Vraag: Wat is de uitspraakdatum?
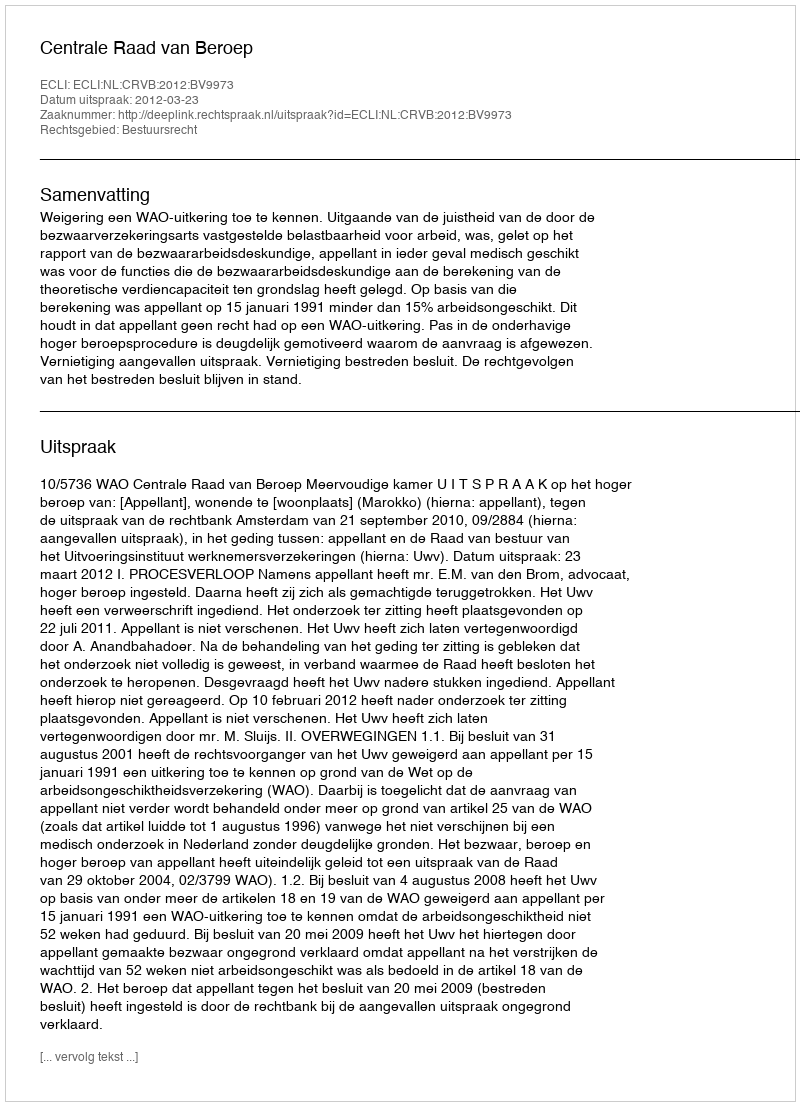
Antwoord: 2012-03-23